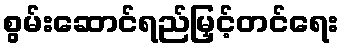
စွမ်းဆောင်ရည်မြှင့်တင်ရေး